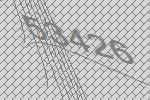
53426